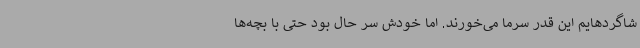
شاگردهایم این قدر سرما می‌خورند. اما خودش سر حال بود حتی با بچه‌ها